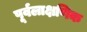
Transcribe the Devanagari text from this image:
पूर्वलाक्षणिक